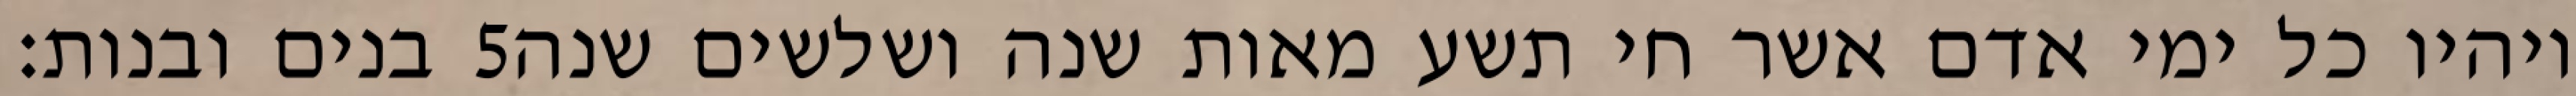
בנים ובנות׃ ‎5‏ ויהיו כל ימי אדם אשר חי תשע מאות שנה ושלשים שנה